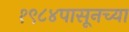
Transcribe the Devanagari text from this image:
१९८४पासूनच्या